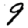
Digit: 9